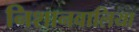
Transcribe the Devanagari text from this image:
निशानवालिया